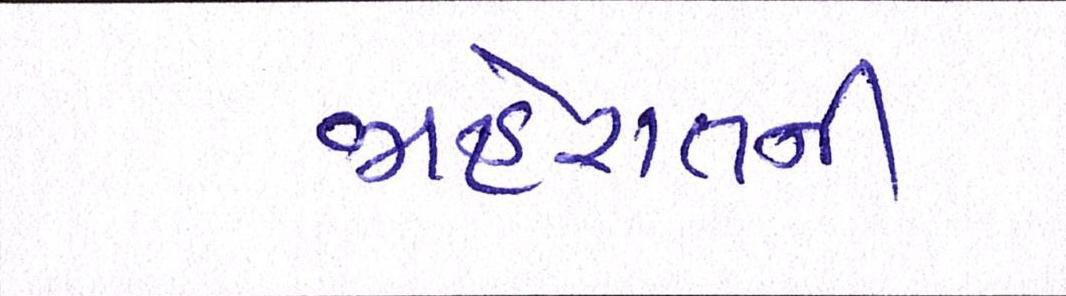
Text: જાહેરાતની